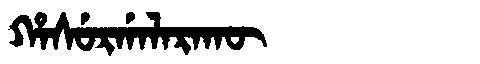
Manchu: ᡥᠠᠰᡠᡵᡤᠠᠯᠠᡵᠠᡴᡡ
Romanization: HASURGALARAKŪ